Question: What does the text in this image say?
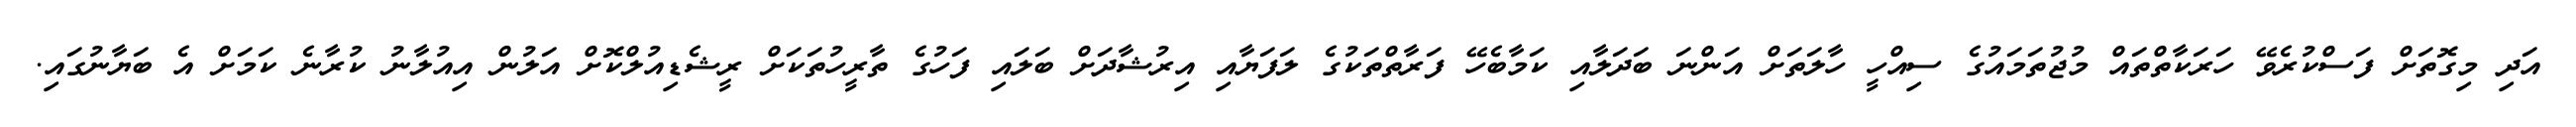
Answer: އަދި މިގޮތަށް ފަސްކުރެވޭ ހަރަކާތްތައް މުޖުތަމައުގެ ސިއްހީ ހާލަތަށް އަންނަ ބަދަލާއި ކަމާބެހޭ ފަރާތްތަކުގެ ލަފަޔާއި އިރުޝާދަށް ބަލައި ފަހުގެ ތާރީހުތަކަށް ރީޝެޑިއުލްކޮށް އަލުން އިއުލާނު ކުރާނެ ކަމަށް އެ ބަޔާނުގައި.